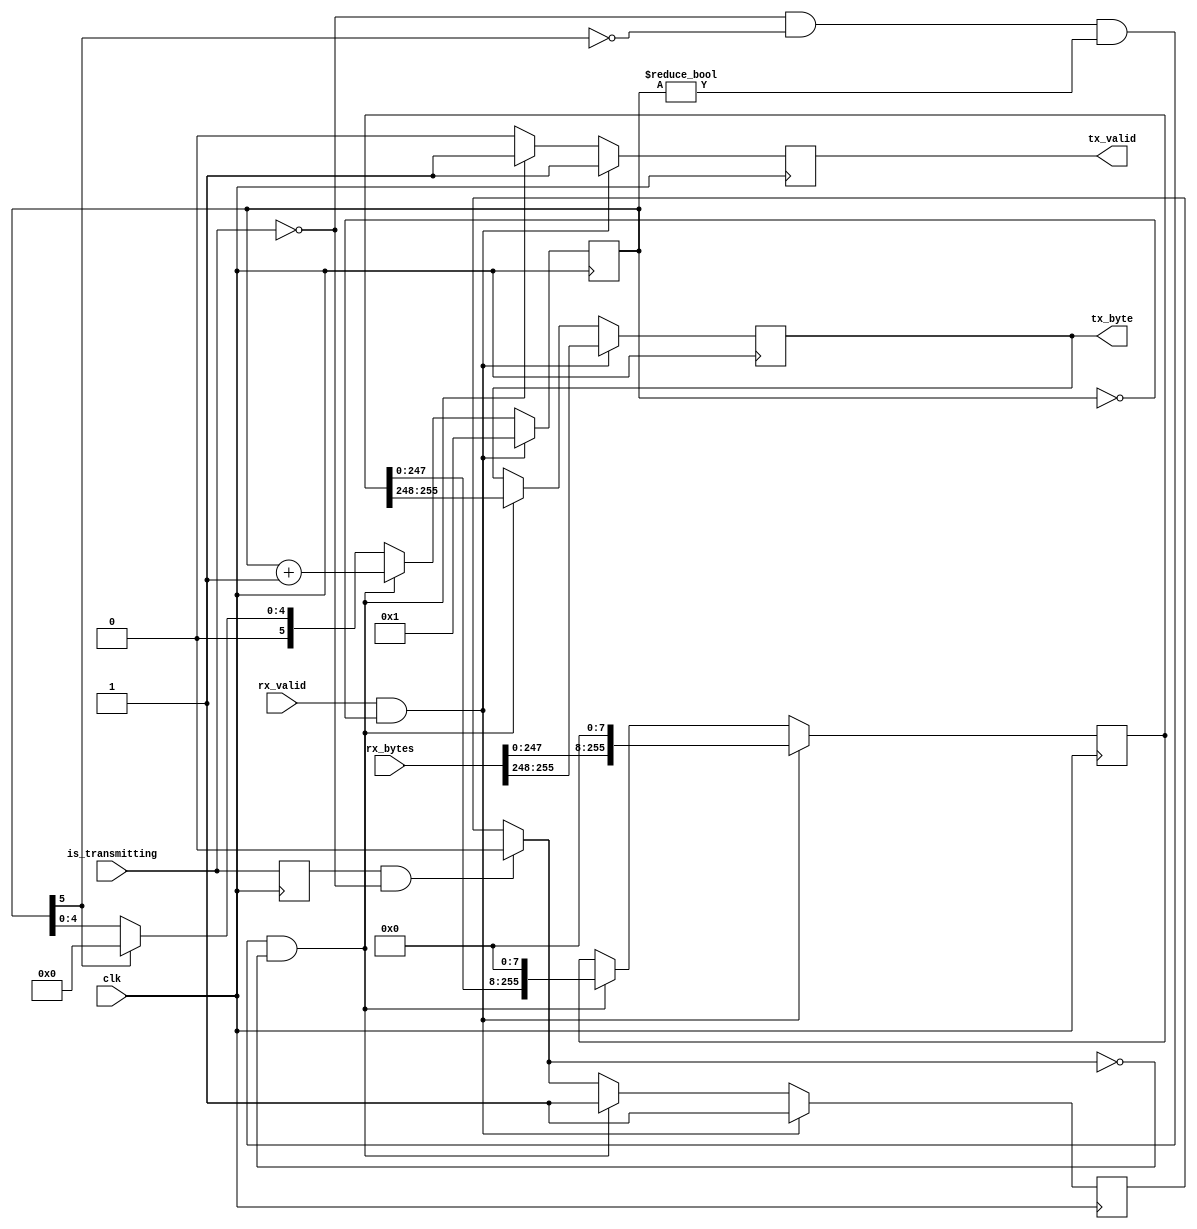
`default_nettype none
module parallel_to_serial (
  clk,
  rx_valid,
  rx_bytes,
  is_transmitting,
  tx_byte,
  tx_valid,
  );
  //TODO add a transmitting so that this module cant be interrupted while
  // transmitting, right now it is just undefined behavior

  parameter N = 256;
  parameter Ndiv4log2 = 6;

  // IO
  input clk;
  input rx_valid;
  input [N-1:0] rx_bytes;
  input is_transmitting;
  output [7:0] tx_byte;
  output tx_valid;

  // output registers
  reg tx_valid;
  reg [7:0]tx_byte;
  reg [Ndiv4log2-1:0] count;
  initial count = 0;

  //local data
  reg [N-1:0] save_bytes;
  wire [7:0] last_byte;
  assign last_byte = save_bytes[N-1:N-8];
  reg stall;
  initial stall = 0;
  reg old_is_transmitting;
  //initial tx_bytes = N'b0;
  initial tx_valid = 1'b1;
  always @(posedge clk) begin
    if(old_is_transmitting & !is_transmitting) begin
      stall = 0;
    end
    old_is_transmitting = is_transmitting;


    // recieved new data to chunk out
    if (rx_valid && count == 0) begin
      count <= 1;
      save_bytes <= rx_bytes << 4'd8;
      tx_byte <= rx_bytes[N-1:N-8];
      tx_valid <= 1'b1;
      stall <= 1'b1;
    end
    //start chunking the data if we are not already transmitting something
    else if (!is_transmitting && !count[Ndiv4log2-1] && count != 0 && stall == 0)begin
      tx_byte <= last_byte;
      tx_valid <= 1'b1;
      save_bytes <= save_bytes << 4'd8;
      count <= count + 1'b1;
      stall = 1'b1;
    end else begin
      tx_valid <= 1'b0;
      if(count[Ndiv4log2-1]) begin
        count = 0;
      end
    end
    //$display("count: %b", count);
  end

endmodule